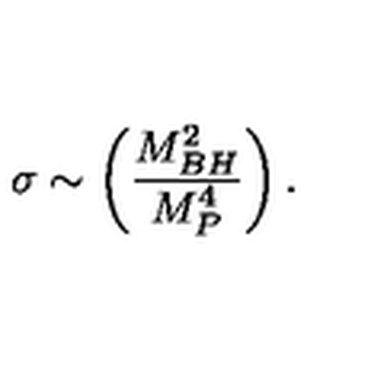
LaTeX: \sigma \sim \left( { \frac { M _ { B H } ^ { 2 } } { M _ { P } ^ { 4 } } } \right) .